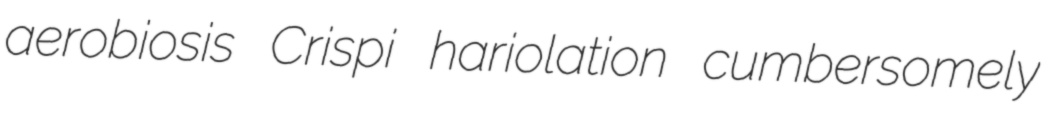
aerobiosis Crispi hariolation cumbersomely